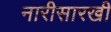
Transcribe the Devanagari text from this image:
नारीसारखी